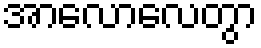
အာလောလေတွာ